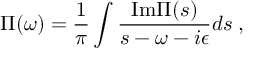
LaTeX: \Pi ( \omega ) = { \frac { 1 } { \pi } } \int { \frac { \mathrm { I m } \Pi ( s ) } { s - \omega - i \epsilon } } d s \; ,